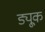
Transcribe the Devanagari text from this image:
ड्यू्क